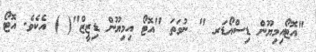
"އޮޓޯއިމިޔޫން ޑިސްއޯޑަރ " ނުވަތަ "އޮޓޯ އިމިޔޫން ޑިޒީޒް"( ) އެކެވެ. އޮޓޯ